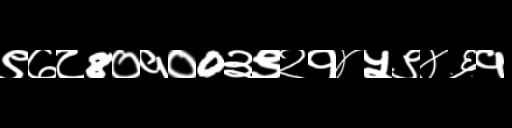
Text: ९७८8०१०0३९२१४५९४६१